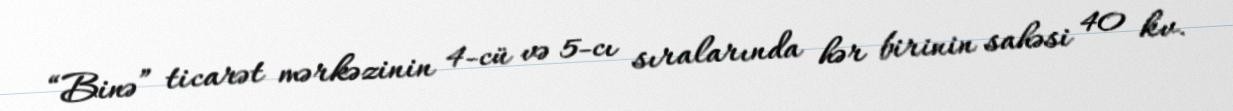
“Binə” ticarət mərkəzinin 4-cü və 5-cı sıralarında hər birinin sahəsi 40 kv.